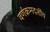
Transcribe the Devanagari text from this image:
वर्णक्रमदर्शीय